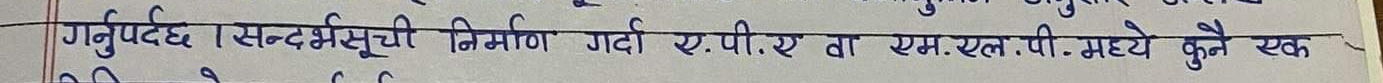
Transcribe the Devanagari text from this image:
गर्नुपर्दछ । सन्दर्भसूची निर्माण गर्दा ए.पी.ए. वा एम.एल.ए. पी. मध्ये कुनै एक